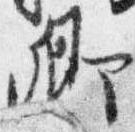
卿